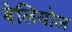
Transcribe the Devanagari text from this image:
बेलियोल